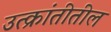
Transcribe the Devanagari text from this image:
उत्क्रांतीतील